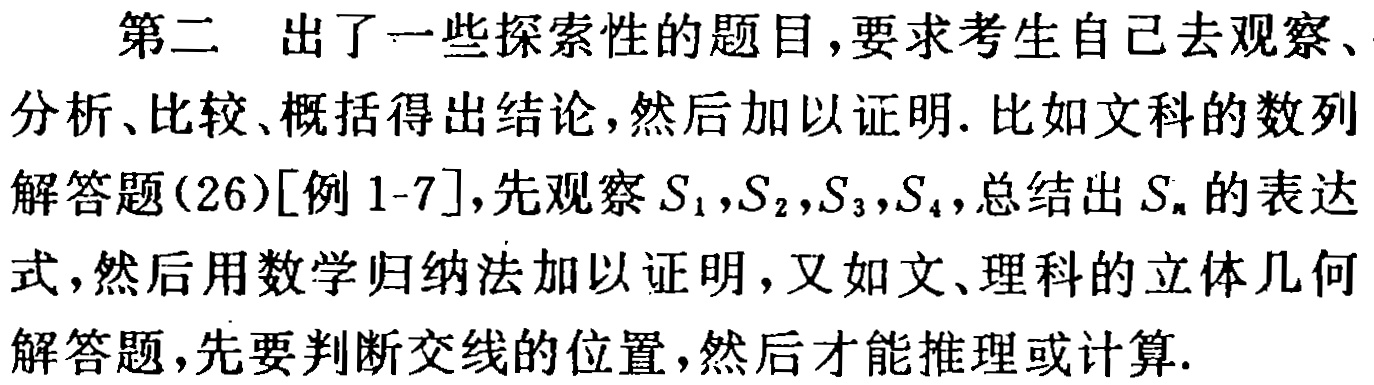
第二 出了一些探索性的题目，要求考生自己去观察、分析、比较、概括得出结论，然后加以证明. 比如文科的数列解答题(26)[例1 - 7]，先观察\(S_{1},S_{2},S_{3},S_{4}\)，总结出\(S_{n}\)的表达式，然后用数学归纳法加以证明，又如文、理科的立体几何解答题，先要判断交线的位置，然后才能推理或计算.